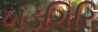
ખડગિરિ